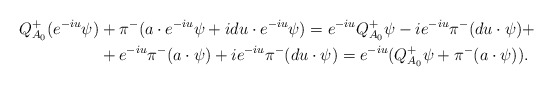
\begin{align*}Q^+_{A_0}(e^{-iu}\psi) &+ \pi^{-}(a\cdot e^{-iu}\psi + idu\cdot e^{-iu}\psi) = e^{-iu}Q^+_{A_0}\psi -ie^{-iu} \pi^-(du\cdot \psi) +\\&+ e^{-iu}\pi^{-}(a\cdot \psi) + ie^{-iu}\pi^-(du \cdot \psi) = e^{-iu}(Q^+_{A_0}\psi + \pi^{-}(a\cdot \psi)).\end{align*}